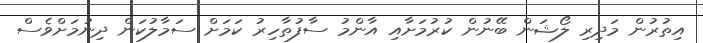
އިތުރުން މަދިރި ލޯޝަން ބޭނުން ކުރުމަށާއި އާންމު ސާފުތާހިރު ކަަމަށް ސަމާލުކަން ދިނުމަށްވެސް